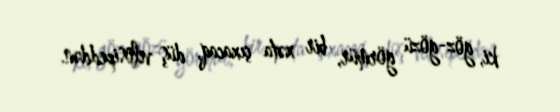
ki, göz-gözü görmür, bir xəta çıxacaq, düş velosipeddən.